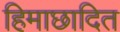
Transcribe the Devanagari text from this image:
हिमाछादित